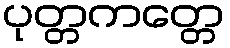
ပုတ္တကတ္တေ